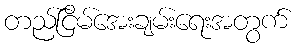
တည်ငြိမ်အေးချမ်းရေးအတွက်